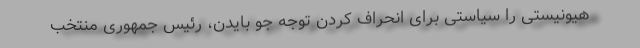
هیونیستی را سیاستی برای انحراف کردن توجه جو بایدن، رئیس جمهوری منتخب